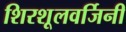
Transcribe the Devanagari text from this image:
शिरशूलवर्जिनी